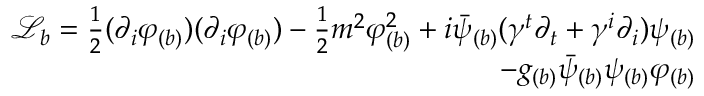
\begin{array} { r } { \mathcal { L } _ { b } = \frac { 1 } { 2 } ( \partial _ { i } \varphi _ { ( b ) } ) ( \partial _ { i } \varphi _ { ( b ) } ) - \frac { 1 } { 2 } m ^ { 2 } \varphi _ { ( b ) } ^ { 2 } + i \bar { \psi } _ { ( b ) } ( \gamma ^ { t } \partial _ { t } + \gamma ^ { i } \partial _ { i } ) \psi _ { ( b ) } } \\ { - g _ { ( b ) } \bar { \psi } _ { ( b ) } \psi _ { ( b ) } \varphi _ { ( b ) } } \end{array}